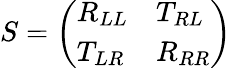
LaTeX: S=\left(\begin{array}{ll}{R_{LL}}&{T_{RL}}\\ {T_{LR}}&{R_{RR}}\end{array}\right)